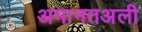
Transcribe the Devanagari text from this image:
अमानतअली